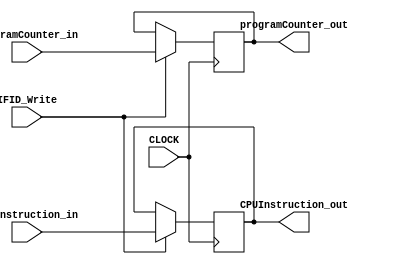
`timescale 1ns / 1ps

module IFID
(
	input CLOCK,
	input IFID_Write,
	input [63:0] programCounter_in,
	input [31:0] CPUInstruction_in,
	output reg [63:0] programCounter_out,
	output reg [31:0] CPUInstruction_out
);

	always @(posedge CLOCK) begin
		if(IFID_Write) begin
			programCounter_out <= programCounter_in;
			CPUInstruction_out <= CPUInstruction_in;
		end
	end
endmodule